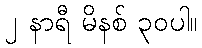
၂ နာရီ မိနစ် ၃၀ပါ။